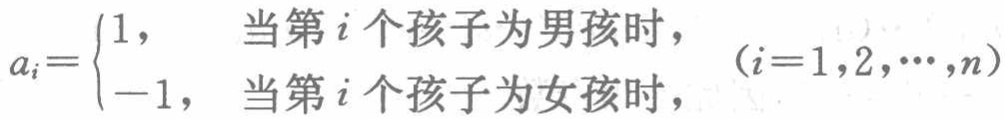
\(a_{i}=

\begin{cases}

1, & \text{当第 } i \text{ 个孩子为男孩时}, \\

-1, & \text{当第 } i \text{ 个孩子为女孩时},

\end{cases}

(i = 1,2,\cdots,n)\)